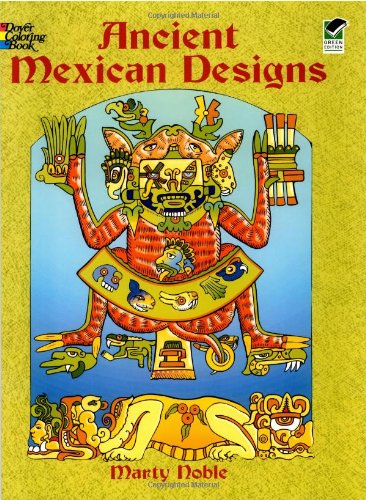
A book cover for Ancient Mexican Designs (Dover Design Coloring Books); Children's Books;